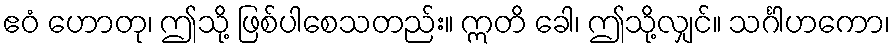
ဧဝံ ဟောတု၊ ဤသို့ ဖြစ်ပါစေသတည်း။ ဣတိ ခေါ၊ ဤသို့လျှင်။ သင်္ဂါဟကော၊